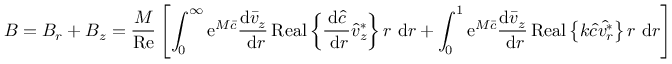
B = B _ { r } + B _ { z } = \frac { M } { \operatorname { R e } } \left[ \int _ { 0 } ^ { \infty } \mathrm { e } ^ { M \bar { c } } \frac { \mathrm { d } \bar { v } _ { z } } { \mathrm { ~ d } r } \operatorname { R e a l } \left\{ \frac { \mathrm { d } \hat { c } } { \mathrm { ~ d } r } \hat { v } _ { z } ^ { * } \right\} r \mathrm { ~ d } r + \int _ { 0 } ^ { 1 } \mathrm { e } ^ { M \bar { c } } \frac { \mathrm { d } \bar { v } _ { z } } { \mathrm { ~ d } r } \operatorname { R e a l } \left\{ k \hat { c } \hat { v _ { r } ^ { * } } \right\} r \mathrm { ~ d } r \right]